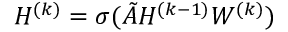
H ^ { ( k ) } = \sigma ( \tilde { A } H ^ { ( k - 1 ) } W ^ { ( k ) } )